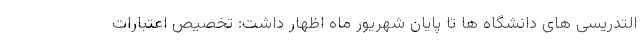
التدریسی های دانشگاه ها تا پایان شهریور ماه اظهار داشت: تخصیص اعتبارات